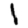
Digit: 1